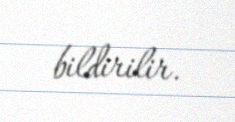
bildirilir.